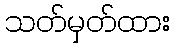
သတ်မှတ်ထား